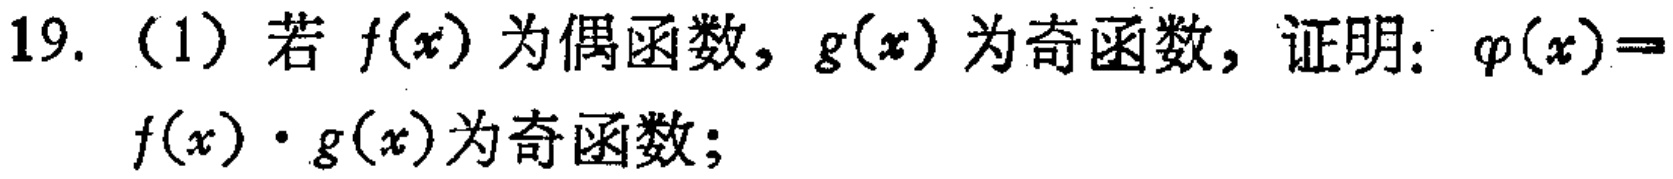
19. (1) 若 \(f(x)\) 为偶函数，\(g(x)\) 为奇函数，证明：\(\varphi(x)=f(x)\cdot g(x)\)为奇函数；